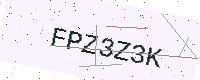
Text: FPZ3Z3K